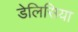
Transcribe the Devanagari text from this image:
डेलिसिया